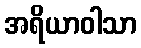
အရိယာဝါသာ